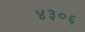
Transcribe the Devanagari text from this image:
४३०६